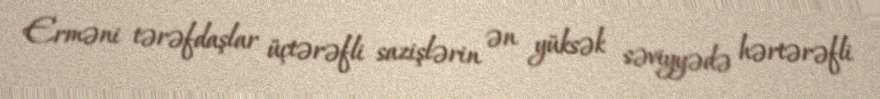
Erməni tərəfdaşlar üçtərəfli sazişlərin ən yüksək səviyyədə hərtərəfli